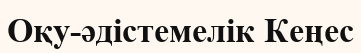
Оқу-әдістемелік Кеңес